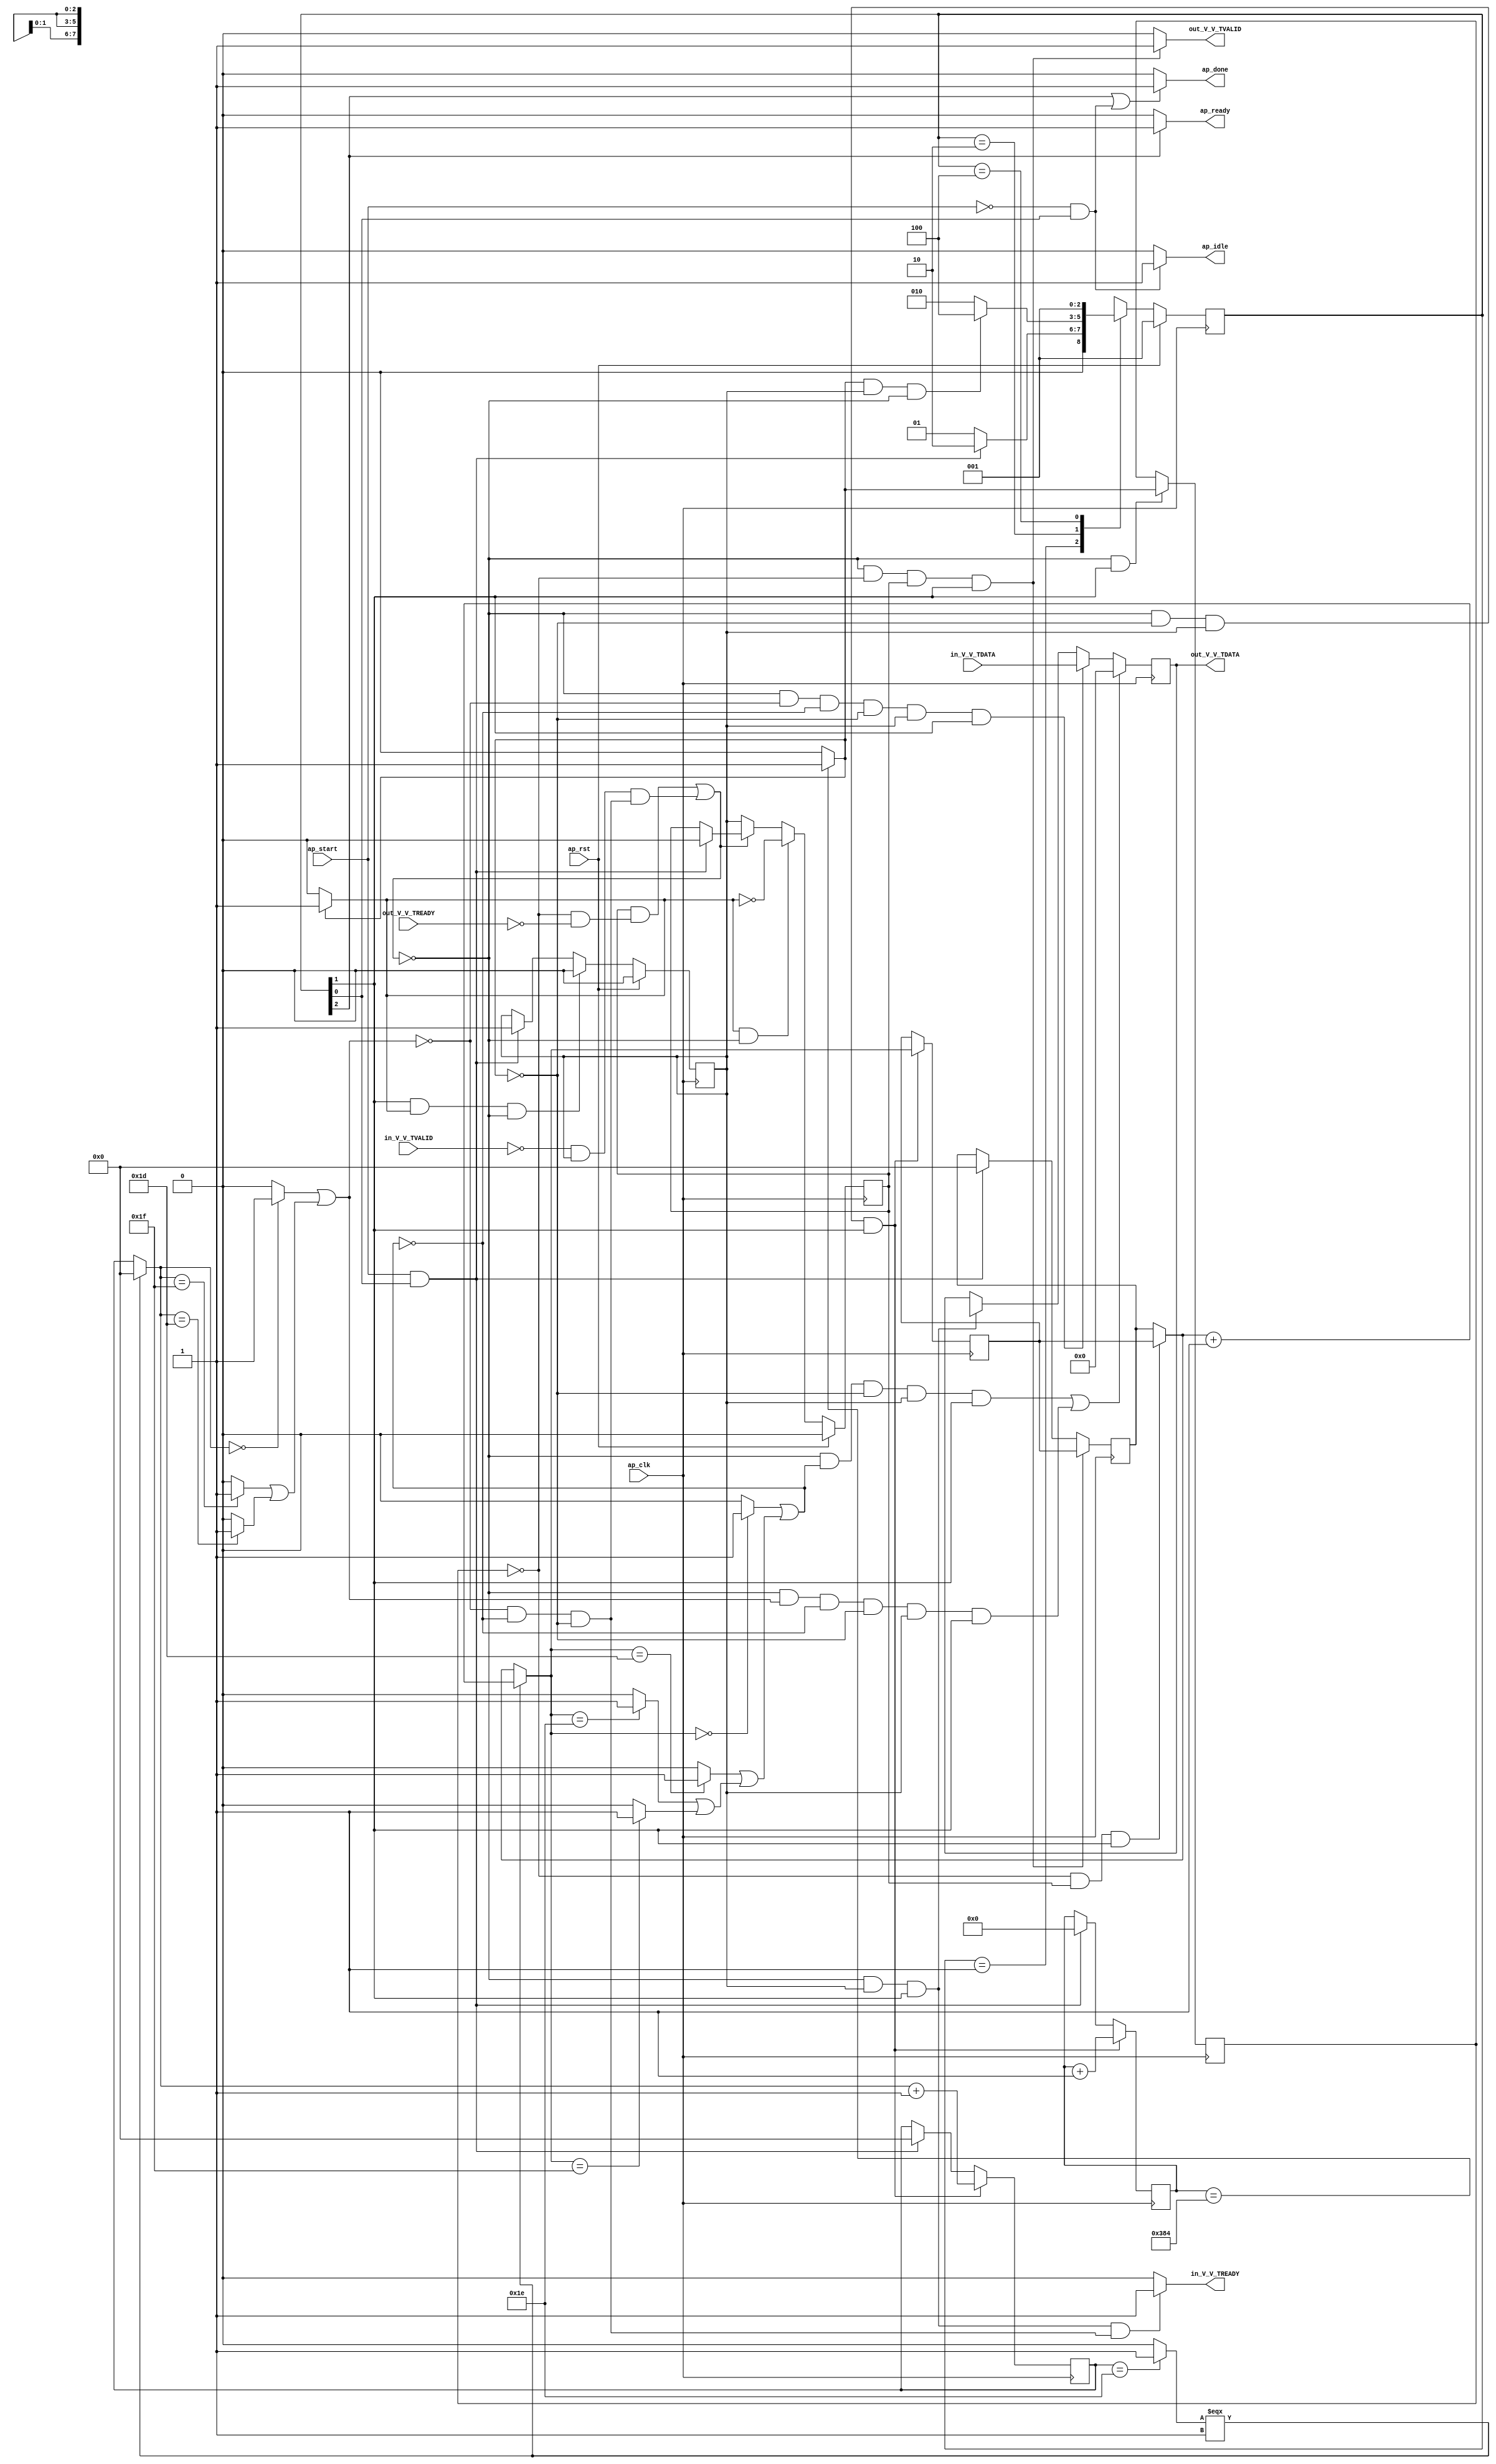
// ==============================================================
// RTL generated by Vivado(TM) HLS - High-Level Synthesis from C, C++ and OpenCL
// Version: 2020.1
// Copyright (C) 1986-2020 Xilinx, Inc. All Rights Reserved.
// 
// ===========================================================

`timescale 1 ns / 1 ps 

module FMPadding_Batch_0_FMPadding (
        ap_clk,
        ap_rst,
        ap_start,
        ap_done,
        ap_idle,
        ap_ready,
        in_V_V_TDATA,
        in_V_V_TVALID,
        in_V_V_TREADY,
        out_V_V_TDATA,
        out_V_V_TVALID,
        out_V_V_TREADY
);

parameter    ap_ST_fsm_state1 = 3'd1;
parameter    ap_ST_fsm_pp0_stage0 = 3'd2;
parameter    ap_ST_fsm_state4 = 3'd4;

input   ap_clk;
input   ap_rst;
input   ap_start;
output   ap_done;
output   ap_idle;
output   ap_ready;
input  [7:0] in_V_V_TDATA;
input   in_V_V_TVALID;
output   in_V_V_TREADY;
output  [7:0] out_V_V_TDATA;
output   out_V_V_TVALID;
input   out_V_V_TREADY;

reg ap_done;
reg ap_idle;
reg ap_ready;
reg in_V_V_TREADY;
reg out_V_V_TVALID;

(* fsm_encoding = "none" *) reg   [2:0] ap_CS_fsm;
wire    ap_CS_fsm_state1;
reg    in_V_V_TDATA_blk_n;
wire    ap_CS_fsm_pp0_stage0;
reg    ap_enable_reg_pp0_iter0;
wire    ap_block_pp0_stage0;
wire   [0:0] icmp_ln279_fu_111_p2;
wire   [0:0] empty_14_fu_187_p2;
wire   [0:0] empty_5_fu_217_p2;
reg    out_V_V_TDATA_blk_n;
reg    ap_enable_reg_pp0_iter1;
reg   [0:0] icmp_ln279_reg_229;
reg   [9:0] indvar_flatten_reg_63;
reg   [4:0] y_0_reg_74;
reg   [4:0] x_0_reg_85;
reg    ap_predicate_op32_read_state2;
reg    ap_block_state2_pp0_stage0_iter0;
wire    ap_block_state3_pp0_stage0_iter1;
reg    ap_block_state3_io;
reg    ap_block_pp0_stage0_11001;
wire   [9:0] add_ln279_fu_117_p2;
wire   [4:0] select_ln279_fu_143_p3;
reg   [4:0] select_ln279_reg_238;
wire   [4:0] x_fu_223_p2;
reg    ap_block_pp0_stage0_subdone;
reg    ap_condition_pp0_exit_iter0_state2;
reg   [4:0] ap_phi_mux_y_0_phi_fu_78_p4;
wire   [7:0] ap_phi_reg_pp0_iter0_tmp_V_reg_96;
reg   [7:0] ap_phi_reg_pp0_iter1_tmp_V_reg_96;
reg    ap_block_pp0_stage0_01001;
wire   [0:0] icmp_ln280_fu_123_p2;
wire   [4:0] add_ln279_1_fu_137_p2;
wire   [0:0] empty_9_fu_157_p2;
wire   [0:0] empty_8_fu_151_p2;
wire   [0:0] empty_11_fu_169_p2;
wire   [0:0] empty_10_fu_163_p2;
wire   [0:0] empty_13_fu_181_p2;
wire   [0:0] empty_12_fu_175_p2;
wire   [4:0] select_ln280_fu_129_p3;
wire   [0:0] empty_2_fu_199_p2;
wire   [0:0] empty_fu_193_p2;
wire   [0:0] empty_4_fu_211_p2;
wire   [0:0] empty_3_fu_205_p2;
wire    ap_CS_fsm_state4;
reg   [2:0] ap_NS_fsm;
reg    ap_idle_pp0;
wire    ap_enable_pp0;

// power-on initialization
initial begin
#0 ap_CS_fsm = 3'd1;
#0 ap_enable_reg_pp0_iter0 = 1'b0;
#0 ap_enable_reg_pp0_iter1 = 1'b0;
end

always @ (posedge ap_clk) begin
    if (ap_rst == 1'b1) begin
        ap_CS_fsm <= ap_ST_fsm_state1;
    end else begin
        ap_CS_fsm <= ap_NS_fsm;
    end
end

always @ (posedge ap_clk) begin
    if (ap_rst == 1'b1) begin
        ap_enable_reg_pp0_iter0 <= 1'b0;
    end else begin
        if (((1'b1 == ap_CS_fsm_pp0_stage0) & (1'b1 == ap_condition_pp0_exit_iter0_state2) & (1'b0 == ap_block_pp0_stage0_subdone))) begin
            ap_enable_reg_pp0_iter0 <= 1'b0;
        end else if (((ap_start == 1'b1) & (1'b1 == ap_CS_fsm_state1))) begin
            ap_enable_reg_pp0_iter0 <= 1'b1;
        end
    end
end

always @ (posedge ap_clk) begin
    if (ap_rst == 1'b1) begin
        ap_enable_reg_pp0_iter1 <= 1'b0;
    end else begin
        if (((1'b1 == ap_condition_pp0_exit_iter0_state2) & (1'b0 == ap_block_pp0_stage0_subdone))) begin
            ap_enable_reg_pp0_iter1 <= (1'b1 ^ ap_condition_pp0_exit_iter0_state2);
        end else if ((1'b0 == ap_block_pp0_stage0_subdone)) begin
            ap_enable_reg_pp0_iter1 <= ap_enable_reg_pp0_iter0;
        end else if (((ap_start == 1'b1) & (1'b1 == ap_CS_fsm_state1))) begin
            ap_enable_reg_pp0_iter1 <= 1'b0;
        end
    end
end

always @ (posedge ap_clk) begin
    if ((((1'b0 == ap_block_pp0_stage0_11001) & (empty_14_fu_187_p2 == 1'd1) & (icmp_ln279_fu_111_p2 == 1'd0) & (ap_enable_reg_pp0_iter0 == 1'b1) & (1'b1 == ap_CS_fsm_pp0_stage0)) | ((1'b0 == ap_block_pp0_stage0_11001) & (empty_5_fu_217_p2 == 1'd1) & (empty_14_fu_187_p2 == 1'd0) & (icmp_ln279_fu_111_p2 == 1'd0) & (ap_enable_reg_pp0_iter0 == 1'b1) & (1'b1 == ap_CS_fsm_pp0_stage0)))) begin
        ap_phi_reg_pp0_iter1_tmp_V_reg_96 <= 8'd0;
    end else if (((1'b0 == ap_block_pp0_stage0_11001) & (empty_5_fu_217_p2 == 1'd0) & (empty_14_fu_187_p2 == 1'd0) & (icmp_ln279_fu_111_p2 == 1'd0) & (ap_enable_reg_pp0_iter0 == 1'b1) & (1'b1 == ap_CS_fsm_pp0_stage0))) begin
        ap_phi_reg_pp0_iter1_tmp_V_reg_96 <= in_V_V_TDATA;
    end else if (((1'b0 == ap_block_pp0_stage0_11001) & (ap_enable_reg_pp0_iter0 == 1'b1) & (1'b1 == ap_CS_fsm_pp0_stage0))) begin
        ap_phi_reg_pp0_iter1_tmp_V_reg_96 <= ap_phi_reg_pp0_iter0_tmp_V_reg_96;
    end
end

always @ (posedge ap_clk) begin
    if (((1'b0 == ap_block_pp0_stage0_11001) & (icmp_ln279_fu_111_p2 == 1'd0) & (ap_enable_reg_pp0_iter0 == 1'b1) & (1'b1 == ap_CS_fsm_pp0_stage0))) begin
        indvar_flatten_reg_63 <= add_ln279_fu_117_p2;
    end else if (((ap_start == 1'b1) & (1'b1 == ap_CS_fsm_state1))) begin
        indvar_flatten_reg_63 <= 10'd0;
    end
end

always @ (posedge ap_clk) begin
    if (((1'b0 == ap_block_pp0_stage0_11001) & (icmp_ln279_fu_111_p2 == 1'd0) & (ap_enable_reg_pp0_iter0 == 1'b1) & (1'b1 == ap_CS_fsm_pp0_stage0))) begin
        x_0_reg_85 <= x_fu_223_p2;
    end else if (((ap_start == 1'b1) & (1'b1 == ap_CS_fsm_state1))) begin
        x_0_reg_85 <= 5'd0;
    end
end

always @ (posedge ap_clk) begin
    if (((1'b0 == ap_block_pp0_stage0_11001) & (icmp_ln279_reg_229 == 1'd0) & (ap_enable_reg_pp0_iter1 == 1'b1) & (1'b1 == ap_CS_fsm_pp0_stage0))) begin
        y_0_reg_74 <= select_ln279_reg_238;
    end else if (((ap_start == 1'b1) & (1'b1 == ap_CS_fsm_state1))) begin
        y_0_reg_74 <= 5'd0;
    end
end

always @ (posedge ap_clk) begin
    if (((1'b0 == ap_block_pp0_stage0_11001) & (1'b1 == ap_CS_fsm_pp0_stage0))) begin
        icmp_ln279_reg_229 <= icmp_ln279_fu_111_p2;
    end
end

always @ (posedge ap_clk) begin
    if (((1'b0 == ap_block_pp0_stage0_11001) & (icmp_ln279_fu_111_p2 == 1'd0) & (ap_enable_reg_pp0_iter0 == 1'b1) & (1'b1 == ap_CS_fsm_pp0_stage0))) begin
        select_ln279_reg_238 <= select_ln279_fu_143_p3;
    end
end

always @ (*) begin
    if ((icmp_ln279_fu_111_p2 == 1'd1)) begin
        ap_condition_pp0_exit_iter0_state2 = 1'b1;
    end else begin
        ap_condition_pp0_exit_iter0_state2 = 1'b0;
    end
end

always @ (*) begin
    if (((1'b1 == ap_CS_fsm_state4) | ((ap_start == 1'b0) & (1'b1 == ap_CS_fsm_state1)))) begin
        ap_done = 1'b1;
    end else begin
        ap_done = 1'b0;
    end
end

always @ (*) begin
    if (((ap_start == 1'b0) & (1'b1 == ap_CS_fsm_state1))) begin
        ap_idle = 1'b1;
    end else begin
        ap_idle = 1'b0;
    end
end

always @ (*) begin
    if (((ap_enable_reg_pp0_iter1 == 1'b0) & (ap_enable_reg_pp0_iter0 == 1'b0))) begin
        ap_idle_pp0 = 1'b1;
    end else begin
        ap_idle_pp0 = 1'b0;
    end
end

always @ (*) begin
    if (((icmp_ln279_reg_229 == 1'd0) & (1'b0 == ap_block_pp0_stage0) & (ap_enable_reg_pp0_iter1 == 1'b1) & (1'b1 == ap_CS_fsm_pp0_stage0))) begin
        ap_phi_mux_y_0_phi_fu_78_p4 = select_ln279_reg_238;
    end else begin
        ap_phi_mux_y_0_phi_fu_78_p4 = y_0_reg_74;
    end
end

always @ (*) begin
    if ((1'b1 == ap_CS_fsm_state4)) begin
        ap_ready = 1'b1;
    end else begin
        ap_ready = 1'b0;
    end
end

always @ (*) begin
    if (((empty_5_fu_217_p2 == 1'd0) & (empty_14_fu_187_p2 == 1'd0) & (icmp_ln279_fu_111_p2 == 1'd0) & (1'b0 == ap_block_pp0_stage0) & (ap_enable_reg_pp0_iter0 == 1'b1) & (1'b1 == ap_CS_fsm_pp0_stage0))) begin
        in_V_V_TDATA_blk_n = in_V_V_TVALID;
    end else begin
        in_V_V_TDATA_blk_n = 1'b1;
    end
end

always @ (*) begin
    if (((1'b0 == ap_block_pp0_stage0_11001) & (ap_enable_reg_pp0_iter0 == 1'b1) & (1'b1 == ap_CS_fsm_pp0_stage0) & (ap_predicate_op32_read_state2 == 1'b1))) begin
        in_V_V_TREADY = 1'b1;
    end else begin
        in_V_V_TREADY = 1'b0;
    end
end

always @ (*) begin
    if (((icmp_ln279_reg_229 == 1'd0) & (1'b0 == ap_block_pp0_stage0) & (ap_enable_reg_pp0_iter1 == 1'b1) & (1'b1 == ap_CS_fsm_pp0_stage0))) begin
        out_V_V_TDATA_blk_n = out_V_V_TREADY;
    end else begin
        out_V_V_TDATA_blk_n = 1'b1;
    end
end

always @ (*) begin
    if (((1'b0 == ap_block_pp0_stage0_11001) & (icmp_ln279_reg_229 == 1'd0) & (ap_enable_reg_pp0_iter1 == 1'b1) & (1'b1 == ap_CS_fsm_pp0_stage0))) begin
        out_V_V_TVALID = 1'b1;
    end else begin
        out_V_V_TVALID = 1'b0;
    end
end

always @ (*) begin
    case (ap_CS_fsm)
        ap_ST_fsm_state1 : begin
            if (((ap_start == 1'b1) & (1'b1 == ap_CS_fsm_state1))) begin
                ap_NS_fsm = ap_ST_fsm_pp0_stage0;
            end else begin
                ap_NS_fsm = ap_ST_fsm_state1;
            end
        end
        ap_ST_fsm_pp0_stage0 : begin
            if (~((icmp_ln279_fu_111_p2 == 1'd1) & (ap_enable_reg_pp0_iter0 == 1'b1) & (1'b0 == ap_block_pp0_stage0_subdone))) begin
                ap_NS_fsm = ap_ST_fsm_pp0_stage0;
            end else if (((icmp_ln279_fu_111_p2 == 1'd1) & (ap_enable_reg_pp0_iter0 == 1'b1) & (1'b0 == ap_block_pp0_stage0_subdone))) begin
                ap_NS_fsm = ap_ST_fsm_state4;
            end else begin
                ap_NS_fsm = ap_ST_fsm_pp0_stage0;
            end
        end
        ap_ST_fsm_state4 : begin
            ap_NS_fsm = ap_ST_fsm_state1;
        end
        default : begin
            ap_NS_fsm = 'bx;
        end
    endcase
end

assign add_ln279_1_fu_137_p2 = (ap_phi_mux_y_0_phi_fu_78_p4 + 5'd1);

assign add_ln279_fu_117_p2 = (indvar_flatten_reg_63 + 10'd1);

assign ap_CS_fsm_pp0_stage0 = ap_CS_fsm[32'd1];

assign ap_CS_fsm_state1 = ap_CS_fsm[32'd0];

assign ap_CS_fsm_state4 = ap_CS_fsm[32'd2];

assign ap_block_pp0_stage0 = ~(1'b1 == 1'b1);

always @ (*) begin
    ap_block_pp0_stage0_01001 = ((in_V_V_TVALID == 1'b0) & (ap_enable_reg_pp0_iter0 == 1'b1) & (ap_predicate_op32_read_state2 == 1'b1));
end

always @ (*) begin
    ap_block_pp0_stage0_11001 = (((ap_enable_reg_pp0_iter1 == 1'b1) & (1'b1 == ap_block_state3_io)) | ((in_V_V_TVALID == 1'b0) & (ap_enable_reg_pp0_iter0 == 1'b1) & (ap_predicate_op32_read_state2 == 1'b1)));
end

always @ (*) begin
    ap_block_pp0_stage0_subdone = (((ap_enable_reg_pp0_iter1 == 1'b1) & (1'b1 == ap_block_state3_io)) | ((in_V_V_TVALID == 1'b0) & (ap_enable_reg_pp0_iter0 == 1'b1) & (ap_predicate_op32_read_state2 == 1'b1)));
end

always @ (*) begin
    ap_block_state2_pp0_stage0_iter0 = ((in_V_V_TVALID == 1'b0) & (ap_predicate_op32_read_state2 == 1'b1));
end

always @ (*) begin
    ap_block_state3_io = ((icmp_ln279_reg_229 == 1'd0) & (out_V_V_TREADY == 1'b0));
end

assign ap_block_state3_pp0_stage0_iter1 = ~(1'b1 == 1'b1);

assign ap_enable_pp0 = (ap_idle_pp0 ^ 1'b1);

assign ap_phi_reg_pp0_iter0_tmp_V_reg_96 = 'bx;

always @ (*) begin
    ap_predicate_op32_read_state2 = ((empty_5_fu_217_p2 == 1'd0) & (empty_14_fu_187_p2 == 1'd0) & (icmp_ln279_fu_111_p2 == 1'd0));
end

assign empty_10_fu_163_p2 = (empty_9_fu_157_p2 | empty_8_fu_151_p2);

assign empty_11_fu_169_p2 = ((select_ln279_fu_143_p3 == 5'd29) ? 1'b1 : 1'b0);

assign empty_12_fu_175_p2 = (empty_11_fu_169_p2 | empty_10_fu_163_p2);

assign empty_13_fu_181_p2 = ((select_ln279_fu_143_p3 == 5'd0) ? 1'b1 : 1'b0);

assign empty_14_fu_187_p2 = (empty_13_fu_181_p2 | empty_12_fu_175_p2);

assign empty_2_fu_199_p2 = ((select_ln280_fu_129_p3 == 5'd29) ? 1'b1 : 1'b0);

assign empty_3_fu_205_p2 = (empty_fu_193_p2 | empty_2_fu_199_p2);

assign empty_4_fu_211_p2 = ((select_ln280_fu_129_p3 == 5'd0) ? 1'b1 : 1'b0);

assign empty_5_fu_217_p2 = (empty_4_fu_211_p2 | empty_3_fu_205_p2);

assign empty_8_fu_151_p2 = ((select_ln279_fu_143_p3 == 5'd31) ? 1'b1 : 1'b0);

assign empty_9_fu_157_p2 = ((select_ln279_fu_143_p3 == 5'd30) ? 1'b1 : 1'b0);

assign empty_fu_193_p2 = ((select_ln280_fu_129_p3 == 5'd31) ? 1'b1 : 1'b0);

assign icmp_ln279_fu_111_p2 = ((indvar_flatten_reg_63 == 10'd900) ? 1'b1 : 1'b0);

assign icmp_ln280_fu_123_p2 = ((x_0_reg_85 == 5'd30) ? 1'b1 : 1'b0);

assign out_V_V_TDATA = ap_phi_reg_pp0_iter1_tmp_V_reg_96;

assign select_ln279_fu_143_p3 = ((icmp_ln280_fu_123_p2[0:0] === 1'b1) ? add_ln279_1_fu_137_p2 : ap_phi_mux_y_0_phi_fu_78_p4);

assign select_ln280_fu_129_p3 = ((icmp_ln280_fu_123_p2[0:0] === 1'b1) ? 5'd0 : x_0_reg_85);

assign x_fu_223_p2 = (select_ln280_fu_129_p3 + 5'd1);

endmodule //FMPadding_Batch_0_FMPadding